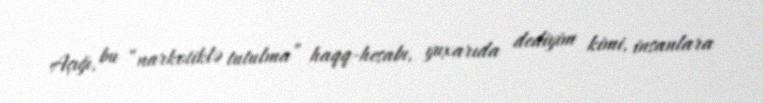
Açığı, bu “narkotiklə tutulma” haqq-hesabı, yuxarıda dediyim kimi, insanlara